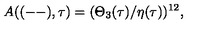
A ( ( -- ) , \tau ) = ( \Theta _ { 3 } ( \tau ) / \eta ( \tau ) ) ^ { 1 2 } ,